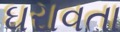
ઘરાવતા